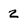
Character: 2